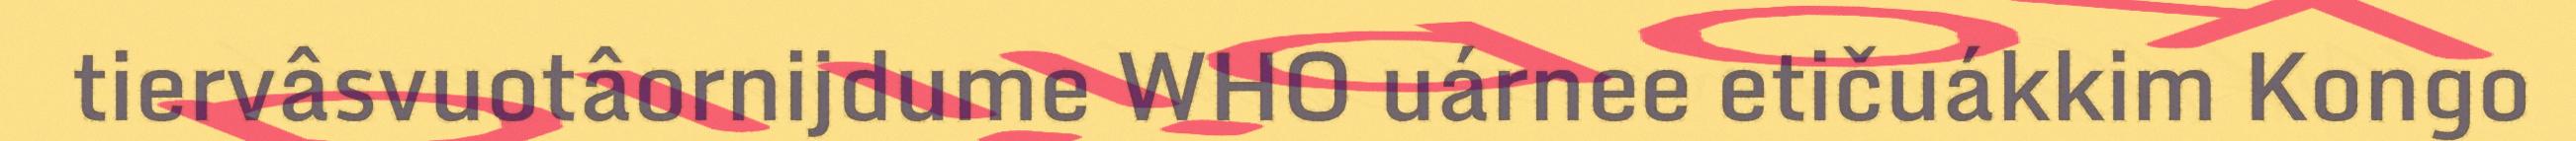
tiervâsvuotâornijdume WHO uárnee etičuákkim Kongo